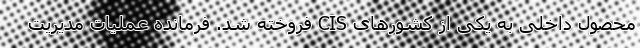
محصول داخلی به یکی از کشورهای CIS فروخته شد. فرمانده عملیات مدیریت